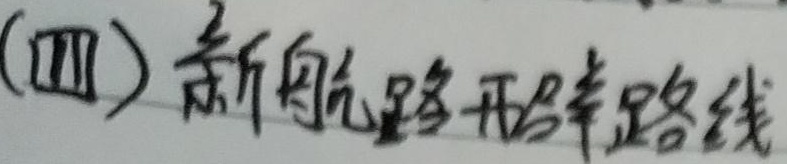
(四) 新航路开辟路线